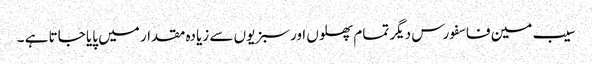
سیب مین فاسفورس دیگر تمام پھلوں اورسبزیوں سے زیادہ مقدار میں پایا جاتا ہے ۔